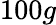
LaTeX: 100g